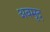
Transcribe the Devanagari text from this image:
अवमृद